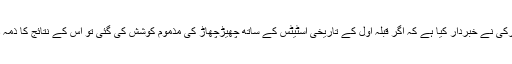
دوسری طرف ترکی نے خبردار کیا ہے کہ اگر قبلہ اول کے تاریخی اسٹیٹس کے ساتھ چھیڑچھاڑ کی مذموم کوشش کی گئی تو اس کے نتائج کا ذمہ دار اسرائیل ہوگا۔